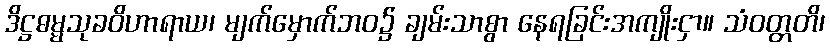
ဒိဋ္ဌဓမ္မသုခဝိဟာရာယ၊ မျက်မှောက်ဘဝ၌ ချမ်းသာစွာ နေရခြင်းအကျိုးငှာ။ သံဝတ္တတိ၊